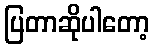
ပြတာဆိုပါတော့